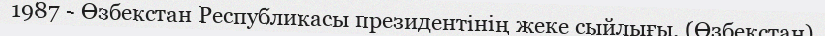
1987 - Өзбекстан Республикасы президентінің жеке сыйлығы. (Өзбекстан)